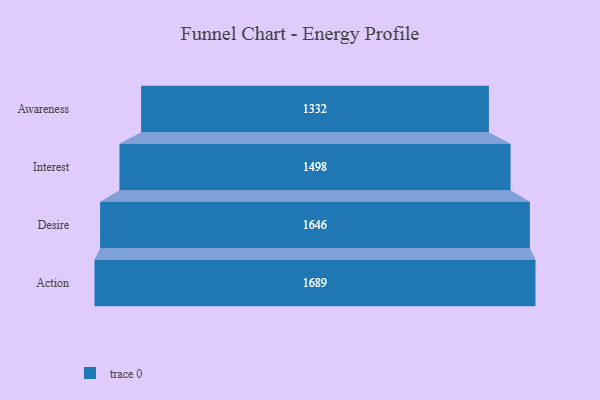
{"axis": {"x": "Stage", "y": "Value"}, "legend": [""], "data": [{"x": "Awareness", "y": 1332.0, "type": ""}, {"x": "Interest", "y": 1498.0, "type": ""}, {"x": "Desire", "y": 1646.0, "type": ""}, {"x": "Action", "y": 1689.0, "type": ""}]}